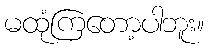
မထုံကြတော့ပါဘူး။